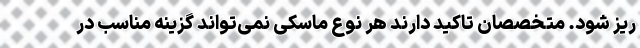
ریز شود. متخصصان تاکید دارند هر نوع ماسکی نمی‌تواند گزینه مناسب در